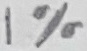
Text: 1%